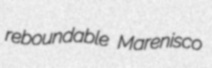
reboundable Marenisco